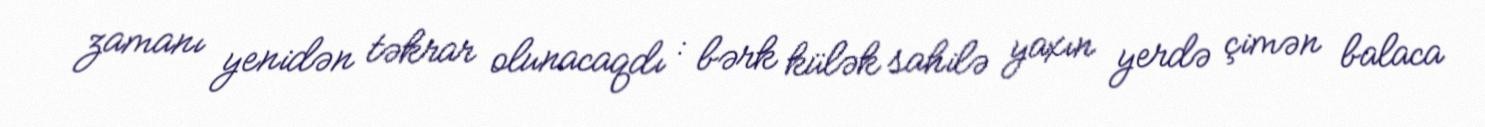
zamanı yenidən təkrar olunacaqdı : bərk külək sahilə yaxın yerdə çimən balaca